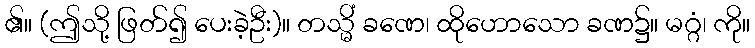
၏။ (ဤသို့ ဖြတ်၍ ပေးခဲ့ဦး)။ တသ္မိံ ခဏေ၊ ထိုဟောသော ခဏ၌။ မဂ္ဂံ၊ ကို။